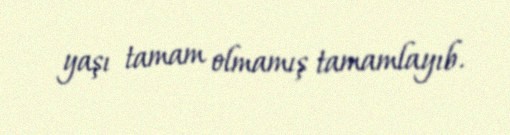
yaşı tamam olmamış tamamlayıb.